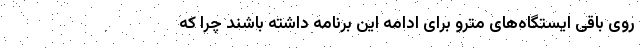
روی باقی ایستگاه‌های مترو برای ادامه این برنامه داشته باشند چرا که